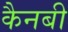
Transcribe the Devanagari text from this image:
कैनबी